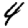
Digit: 4